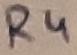
Text: R4